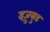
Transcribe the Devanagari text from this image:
इज़ुम्रुड